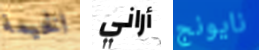
الخيمة أراني نايونج